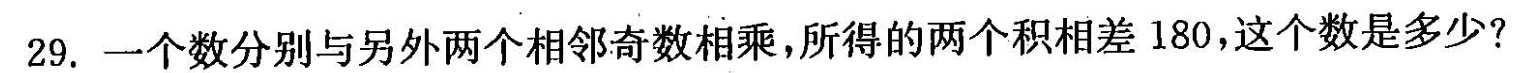
29.一个数分别与另外两个相邻奇数相乘，所得的两个积相差180，这个数是多少?